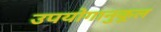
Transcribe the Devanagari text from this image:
उपयोगानुकूल